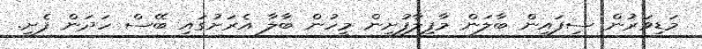
މަޑިވަރުން ސިފައިން ބާލަން މާފިލާފުށިން މީހުން ބާލާ އެރަށުގައި ބޭސް ހަދަން ފެށީ.